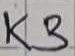
Text: K3